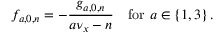
f _ { a , 0 , n } = - \frac { g _ { a , 0 , n } } { a \nu _ { x } - n } \ \ \ \mathrm { f o r } \ a \in \left\{ 1 , 3 \right\} .